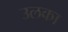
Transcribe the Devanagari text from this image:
उलका